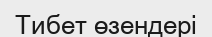
Тибет өзендері